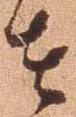
者